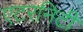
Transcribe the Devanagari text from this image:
एटरनिटी